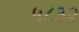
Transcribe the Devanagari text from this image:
५८३२